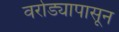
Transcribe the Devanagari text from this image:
वरोड्यापासून